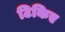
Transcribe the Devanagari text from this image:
टिकिए